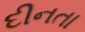
દીનતા